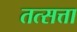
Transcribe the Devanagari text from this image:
तत्सत्ता